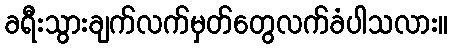
ခရီးသွားချက်လက်မှတ်တွေလက်ခံပါသလား။